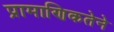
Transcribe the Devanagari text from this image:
प्रामाणिकतेने